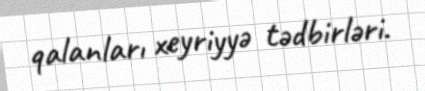
qalanları xeyriyyə tədbirləri.